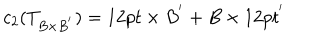
LaTeX: c _ { 2 } ( T _ { B \times B ^ { ' } } ) = 1 2 p t \times B ^ { ' } + B \times 1 2 p t ^ { ' }